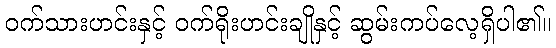
ဝက်သားဟင်းနှင့် ဝက်ရိုးဟင်းချိုနှင့် ဆွမ်းကပ်လေ့ရှိပါ၏။